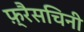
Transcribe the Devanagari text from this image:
फ़्रैसचिनी